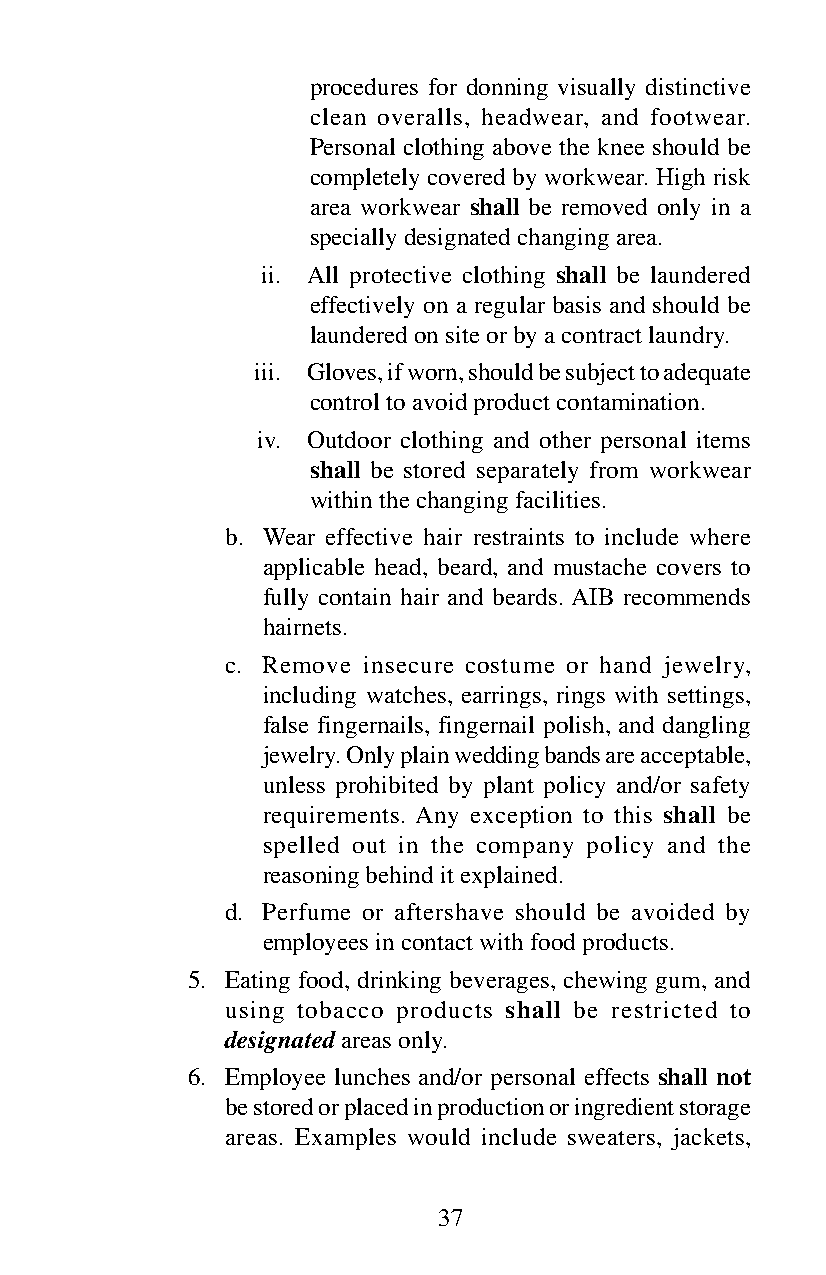
procedures for donning visually distinctive
 clean overalls, headwear, and footwear.
 Personal clothing above the knee should be
 completely covered by workwear. High risk
 area workwear shall be removed only in a
 specially designated changing area.
 ii. All protective clothing shall be laundered
 effectively on a regular basis and should be
 laundered on site or by a contract laundry.
 iii. Gloves, if worn, should be subject to adequate
 control to avoid product contamination.
 iv. Outdoor clothing and other personal items
 shall be stored separately from workwear
 within the changing facilities.
 b. Wear effective hair restraints to include where
 applicable head, beard, and mustache covers to
 fully contain hair and beards. AIB recommends
 hairnets.
 c. Remove insecure costume or hand jewelry,
 including watches, earrings, rings with settings,
 false fingernails, fingernail polish, and dangling
 jewelry. Only plain wedding bands are acceptable,
 unless prohibited by plant policy and/or safety
 requirements. Any exception to this shall be
 spelled out in the company policy and the
 reasoning behind it explained.
 d. Perfume or aftershave should be avoided by
 employees in contact with food products.
 5. Eating food, drinking beverages, chewing gum, and
 using tobacco products shall be restricted to
 designated areas only.
 6. Employee lunches and/or personal effects shall not
 be stored or placed in production or ingredient storage
 areas. Examples would include sweaters, jackets,
 37